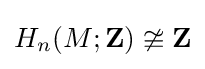
H_{n}(M;\mathbf {Z} )\ncong \mathbf {Z}